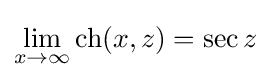
\lim _{x\rightarrow \infty }\operatorname {ch} (x,z)=\sec z